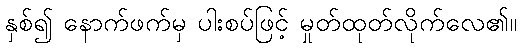
နှစ်၍ နောက်ဖက်မှ ပါးစပ်ဖြင့် မှုတ်ထုတ်လိုက်လေ၏။